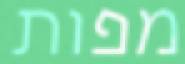
מפות